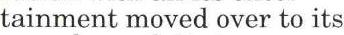
tainment moved over to its